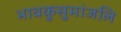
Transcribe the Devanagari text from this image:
भावकुसुमांजलि